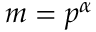
m = p ^ { \alpha }